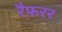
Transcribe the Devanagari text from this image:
रैफ़रर